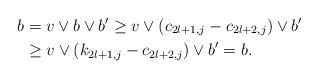
LaTeX: \begin{align*} b & = v \vee b \vee b' \ge v \vee (c_{2l+1,j}- c_{2l+2,j}) \vee b' \\ & \ge v \vee (k_{2l+1,j}- c_{2l+2,j}) \vee b' = b. \end{align*}